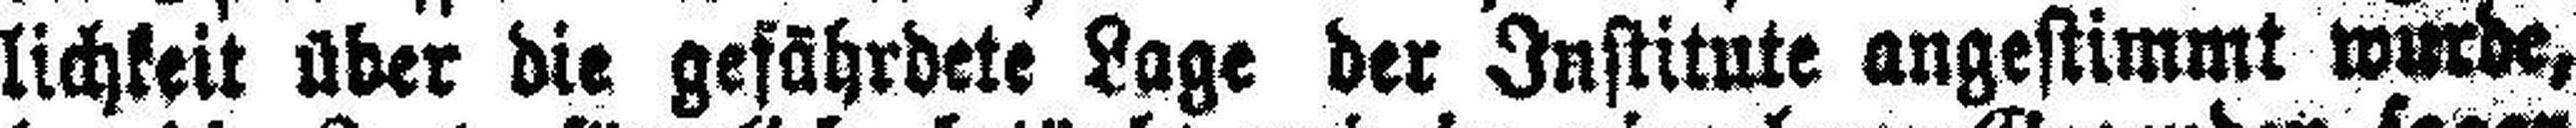
lichkeit über die gefährdete Lage der Institute angestimmt wurde,